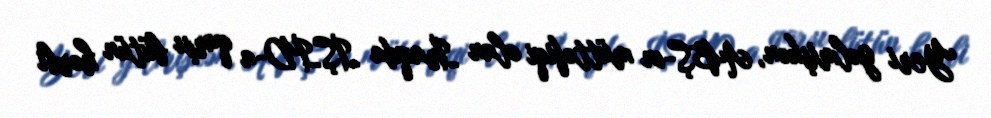
Yeri gəlmişkən, ABŞ-ın müttəfiqi olan İraqda İŞİD-a qarşı bütün hərbi